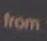
from